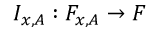
I _ { x , A } : F _ { x , A } \to F